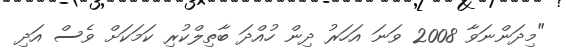
"މިދަންނަވާ 2008 ވަަނަ އަހަރު ދިން ހުއްދަ ބާތިލްކުރި ކަމަކަށް ވެސް އަދި